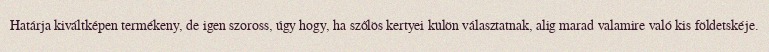
Határja kiváltképen termékeny, de igen szoross, úgy hogy, ha szőlös kertyei külön választatnak, alig marad valamire való kis földetskéje.